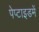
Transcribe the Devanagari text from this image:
पेप्टाइडमें